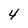
Character: 4